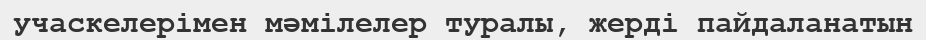
учаскелерімен мәмілелер туралы, жерді пайдаланатын